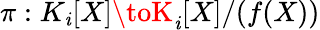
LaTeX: \pi:K_{\mathit{i}}[X]\toK_{\mathit{i}}[X]/(f(X))